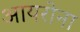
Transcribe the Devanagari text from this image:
आयरोना